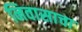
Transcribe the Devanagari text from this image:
निवासाचा